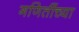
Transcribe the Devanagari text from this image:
गणितींच्या